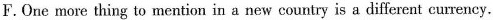
F.One more thing to mention in a new country is a different currency.